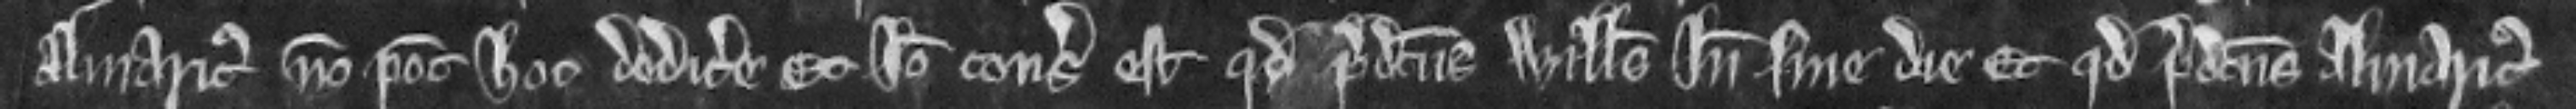
Almaricus non potest hoc dedicere Et ideo consideratum est quod predictus Willelmus inde sine die Et quod predictus Almaricus